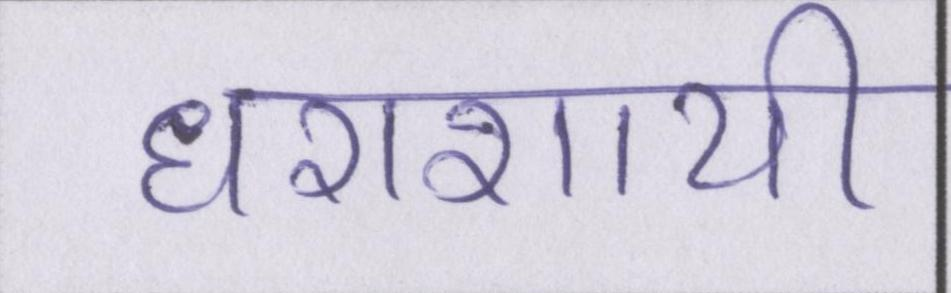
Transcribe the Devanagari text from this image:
धराशायी